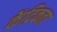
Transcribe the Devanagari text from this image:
केंद्रिकता